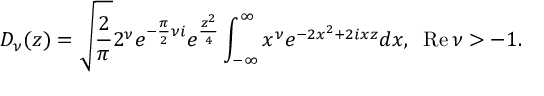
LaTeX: D _ { \nu } ( z ) = \sqrt { { \frac { 2 } { \pi } } } 2 ^ { \nu } e ^ { - { \frac { \pi } { 2 } } \nu i } e ^ { { \frac { z ^ { 2 } } { 4 } } } \int _ { - \infty } ^ { \infty } x ^ { \nu } e ^ { - 2 x ^ { 2 } + 2 i x z } d x , \; \; \mathrm { R e } \, \nu > - 1 .